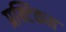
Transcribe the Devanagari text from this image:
प्रक्टिकम